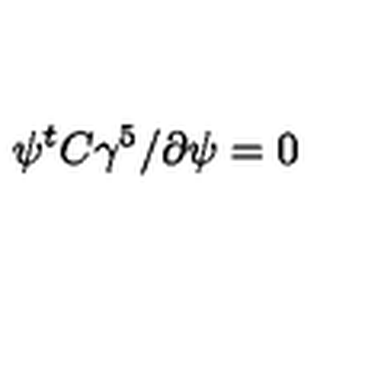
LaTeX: \psi ^ { t } C \gamma ^ { 5 } \slash { \partial } \psi = 0